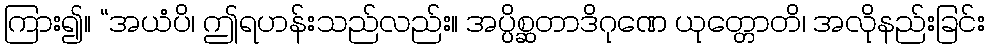
ကြား၍။ “အယံပိ၊ ဤရဟန်းသည်လည်း။ အပ္ပိစ္ဆတာဒိဂုဏေ ယုတ္တောတိ၊ အလိုနည်းခြင်း